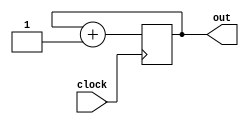
module pc(clock,out); 
input clock; 
output [31:0] out; 
reg [31:0] next; 
 
 initial next = 32'b0; 
  always @(posedge clock) 
    begin 
        next = next + 1'b1; 
      end 
		
  assign out = next; 
endmodule